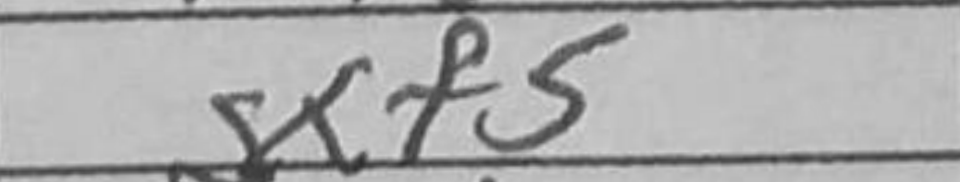
Transcription: gxf5